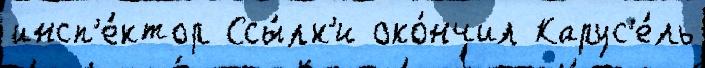
инсп'е́ктор Ссы́лк'и око́нчил Карус'е́ль